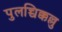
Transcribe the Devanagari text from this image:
पुलच्चिक्कल्लु